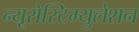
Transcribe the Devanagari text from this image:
न्यूरोस्टिम्युलेशन